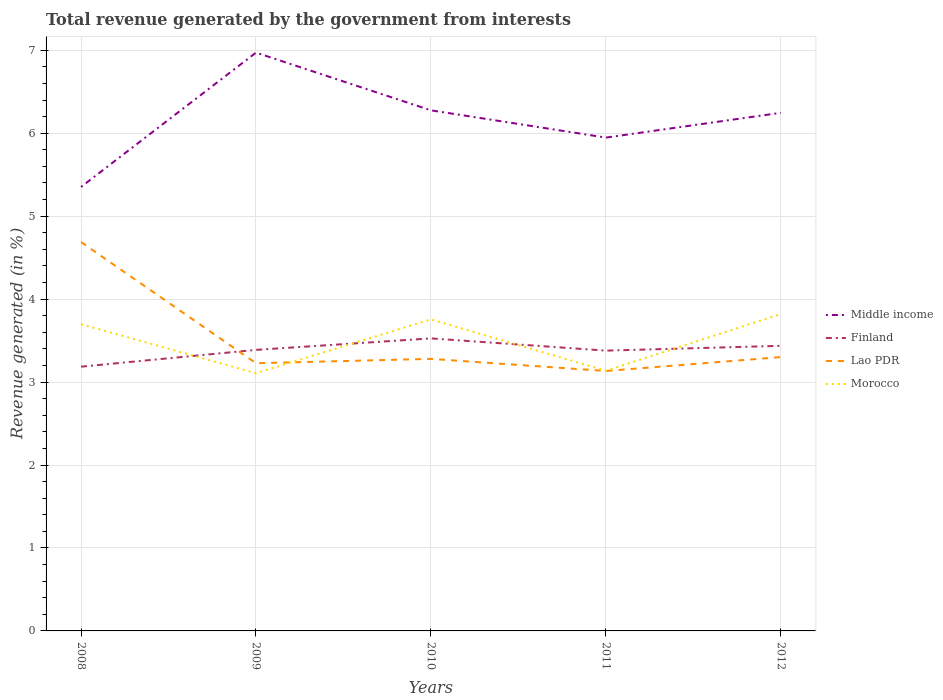
| Years | Middle income | Finland | Lao PDR | Morocco |
 | --- | --- | --- | --- | --- |
 | 2008 | 5.35 | 3.19 | 4.69 | 3.7 |
 | 2009 | 6.97 | 3.39 | 3.23 | 3.11 |
 | 2010 | 6.28 | 3.53 | 3.28 | 3.76 |
 | 2011 | 5.95 | 3.38 | 3.13 | 3.14 |
 | 2012 | 6.25 | 3.44 | 3.3 | 3.82 |